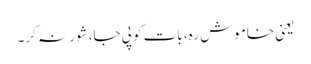
یعنی خاموش رہ، بات کو پی جا، شور نہ کر۔